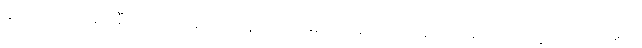
နှစ် ပေါင်း ရာနှင့် ချီ၍ တရုတ် တောင်သူလယ်သမားတို့အား ပြဿနာ ပေးခဲ့သော ရိက္ခာပြတ်လပ်မှုကို